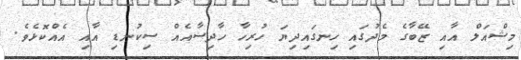
މިޝްއަލް އާއި ޒޭބާގެ މެދުގައި ހިނގައިދިޔަ ހުރިހާ ހާދިސާއެއް ސިކުނޑި އާއި އެއްކޮޅެވެ.